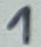
Text: 1